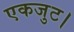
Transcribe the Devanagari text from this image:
एकजुट।